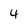
Character: 4